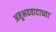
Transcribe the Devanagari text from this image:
अनुभववादाच्या